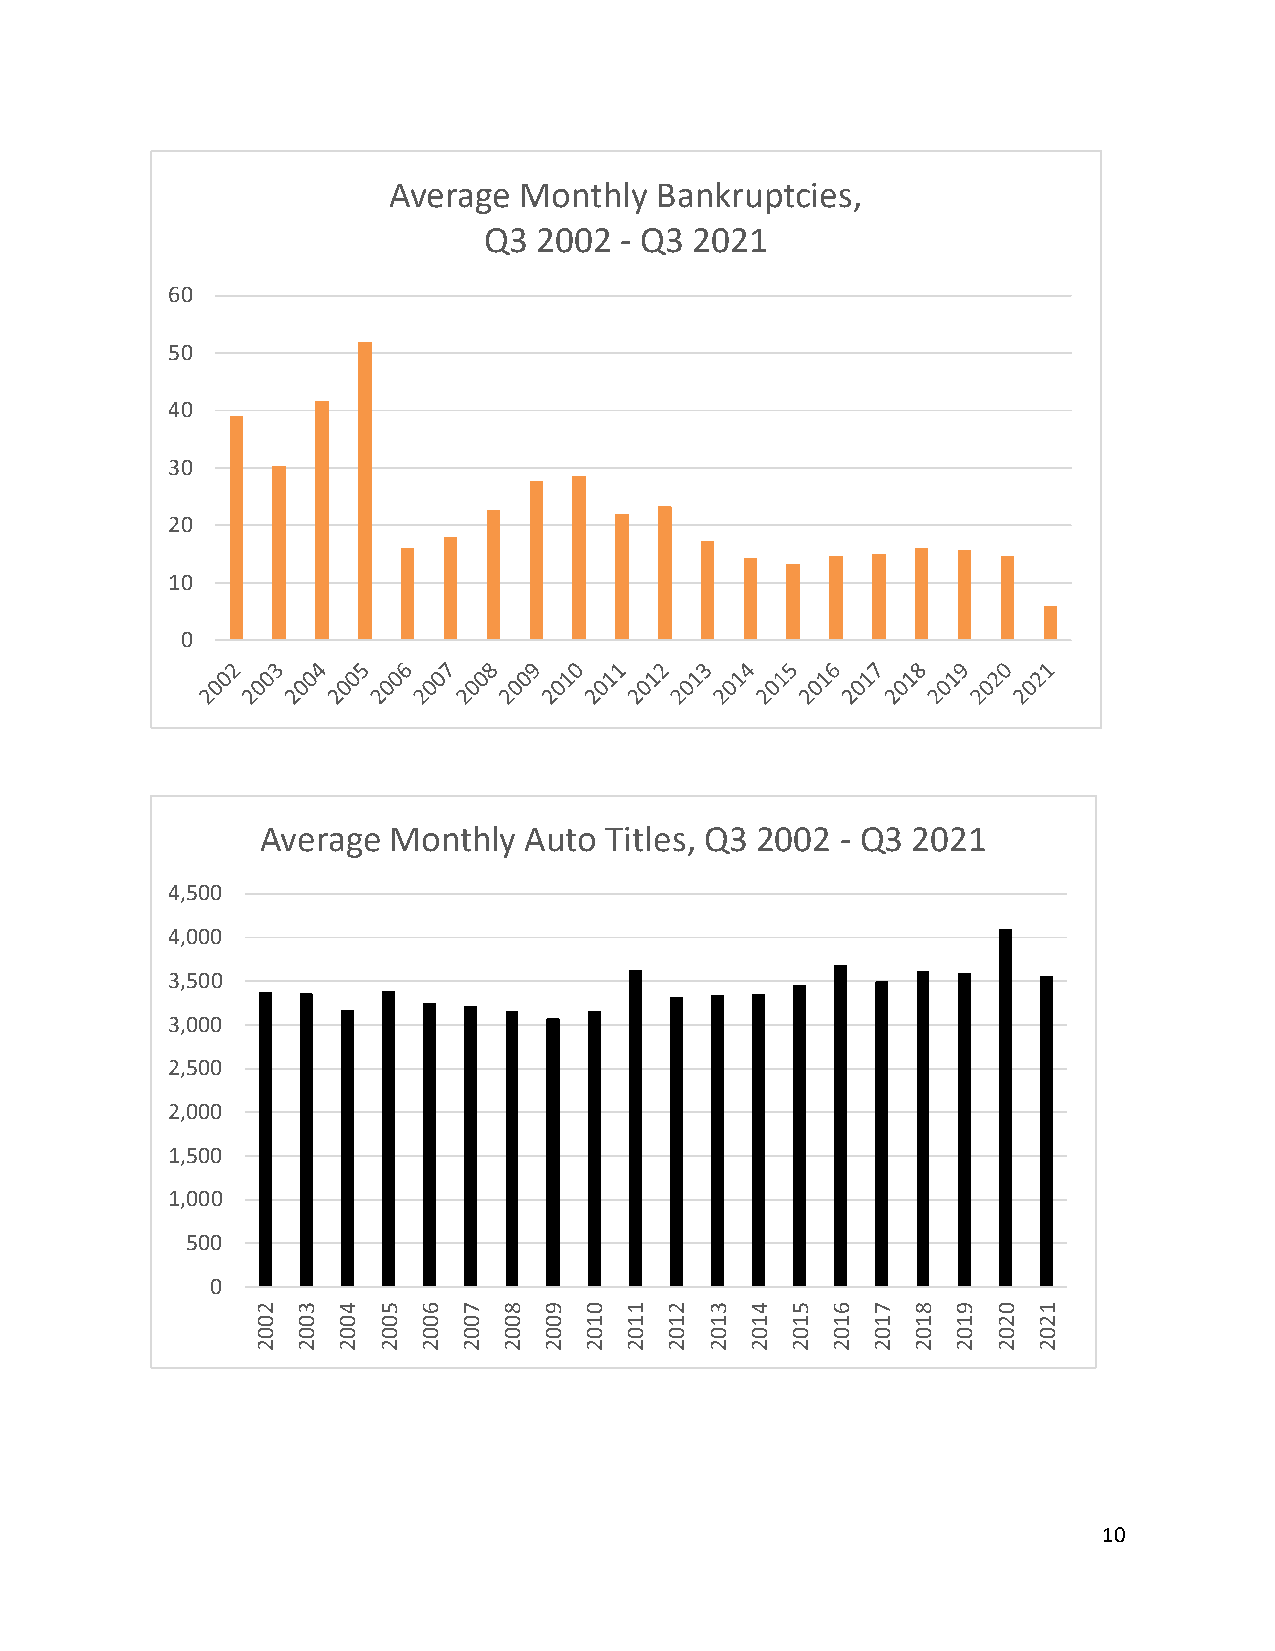
Average Monthly  Bankruptcies,
 Q3  2002 - Q3 2021
 60
 50
 40
 30
 20
 10
 0
 Average  Monthly  Auto Titles, Q3 2002 - Q3 2021
 4,500
 4,000
 3,500
 3,000
 2,500
 2,000
 1,500
 1,000
 500
 0
 2  3 4  5  6  7 8  9  0 1  2  3  4 5  6  7 8  9  0  1
 0  0 0  0  0  0 0  0  1 1  1  1  1 1  1  1 1  1  2  2
 0  0 0  0  0  0 0  0  0 0  0  0  0 0  0  0 0  0  0  0
 2  2 2  2  2  2 2  2  2 2  2  2  2 2  2  2 2  2  2  2
 10